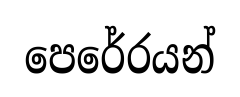
පෙරේරයන්